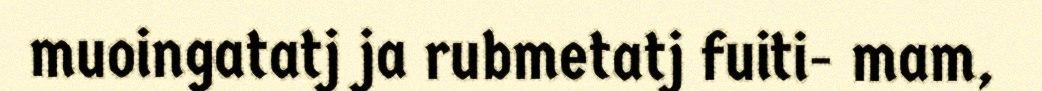
muoingatatj ja rubmetatj fuiti- mam,